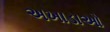
અખાડાઓ